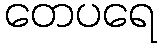
တေပရေ